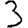
Digit: 3